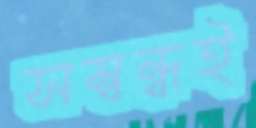
সম্বন্ধই